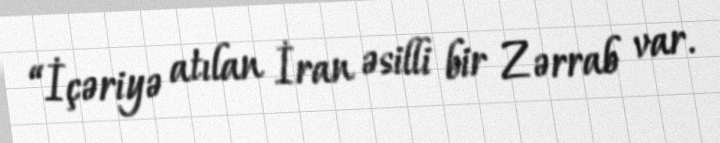
“İçəriyə atılan İran əsilli bir Zərrab var.